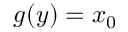
g ( y ) = x _ { 0 }